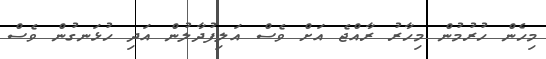
މިހެން ހުރުމުން މިހާރު ރާއްޖެ އަށް ވެސް އަލިފުދާލުން އަދި ހުޅަނގުން ވެސް